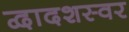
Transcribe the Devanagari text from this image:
द्वादशस्वर